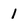
Character: 1